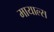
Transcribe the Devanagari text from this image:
मायाल्स